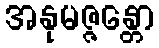
အနုမဇ္ဇန္တော